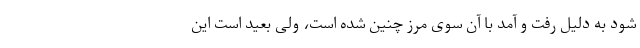
شود به دلیل رفت و آمد با آن سوی مرز چنین شده است، ولی بعید است این